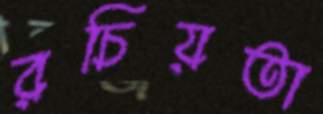
রচিয়তা